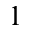
1